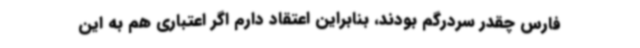
فارس چقدر سردرگم بودند، بنابراین اعتقاد دارم اگر اعتباری هم به این